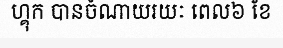
ហ្គុក បានចំណាយរយៈ ពេល៦ ខែ